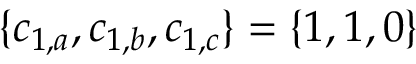
\{ c _ { 1 , a } , c _ { 1 , b } , c _ { 1 , c } \} = \{ 1 , 1 , 0 \}